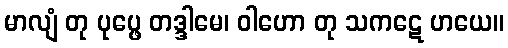
မာလျံ တု ပုပ္ဖေ တဒ္ဒါမေ၊ ဝါဟော တု သကဋေ ဟယေ။